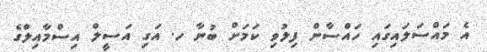
އެ މައްސަލައިގައި ހައްސާން ފިލުވި ކަމަށް ބުނާ ހ. އަގި އަސީލް އިސްމާއިލްގެ